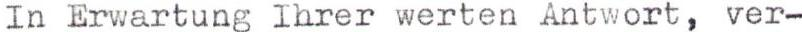
In Erwartung Ihrer werten Antwort, ver-